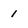
Character: 1